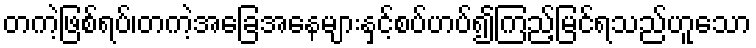
တကဲ့ဖြစ်ရပ်၊တကဲ့အခြေအနေများနှင့်စပ်ဟပ်၍ကြည့်မြင်ရသည်ဟူသော